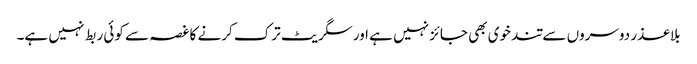
بلا عذر دوسروں سے تند خوی بھی جائز نہیں ہے اور سگریٹ ترک کرنے کا غصہ سے کوئی ربط نہیں ہے۔